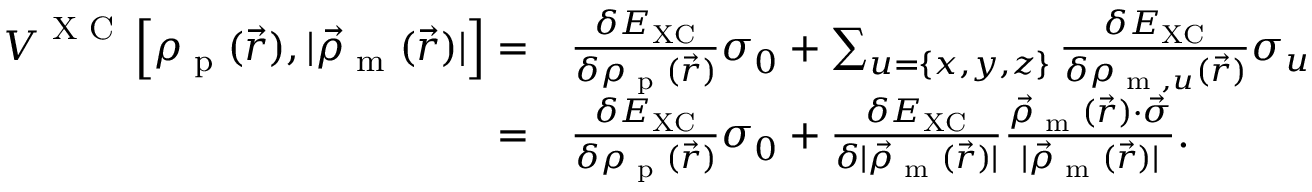
\begin{array} { r l } { \boldsymbol { V } ^ { \textrm { X C } } \left[ \rho _ { \textrm { p } } ( \vec { r } ) , | \vec { \rho } _ { \textrm { m } } ( \vec { r } ) | \right] = } & { \frac { \delta E _ { \mathrm { X C } } } { \delta \rho _ { \textrm { p } } ( \vec { r } ) } \boldsymbol { \sigma } _ { 0 } + \sum _ { u = \{ x , y , z \} } \frac { \delta E _ { \mathrm { X C } } } { \delta \rho _ { \textrm { m } , u } ( \vec { r } ) } \boldsymbol { \sigma } _ { u } } \\ { = } & { \frac { \delta E _ { \mathrm { X C } } } { \delta \rho _ { \textrm { p } } ( \vec { r } ) } \boldsymbol { \sigma } _ { 0 } + \frac { \delta E _ { \mathrm { X C } } } { \delta | \vec { \rho } _ { \textrm { m } } ( \vec { r } ) | } \frac { \vec { \rho } _ { \textrm { m } } ( \vec { r } ) \cdot \vec { \boldsymbol { \sigma } } } { | \vec { \rho } _ { \textrm { m } } ( \vec { r } ) | } . } \end{array}